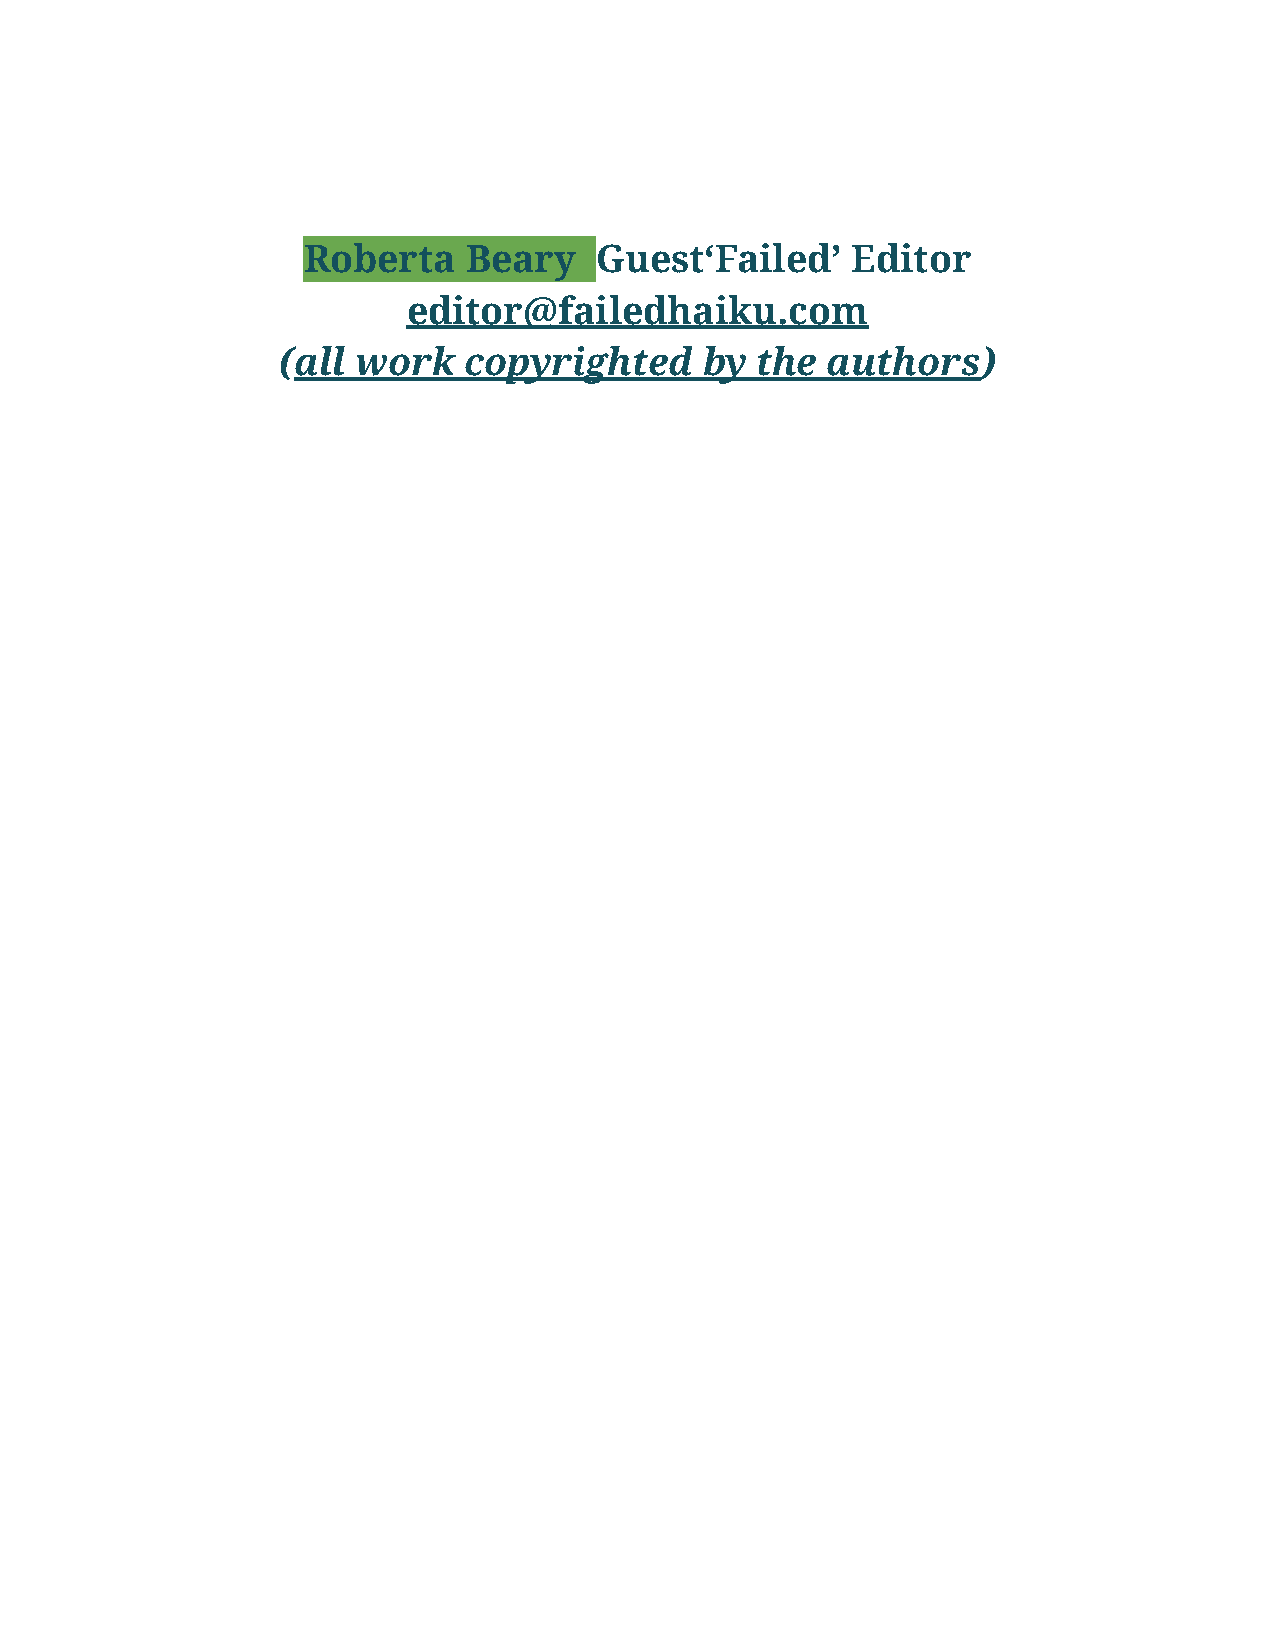
Roberta    Beary   Guest‘Failed’    Editor
 editor@failedhaiku.com
 (all work   copyrighted     by the  authors)